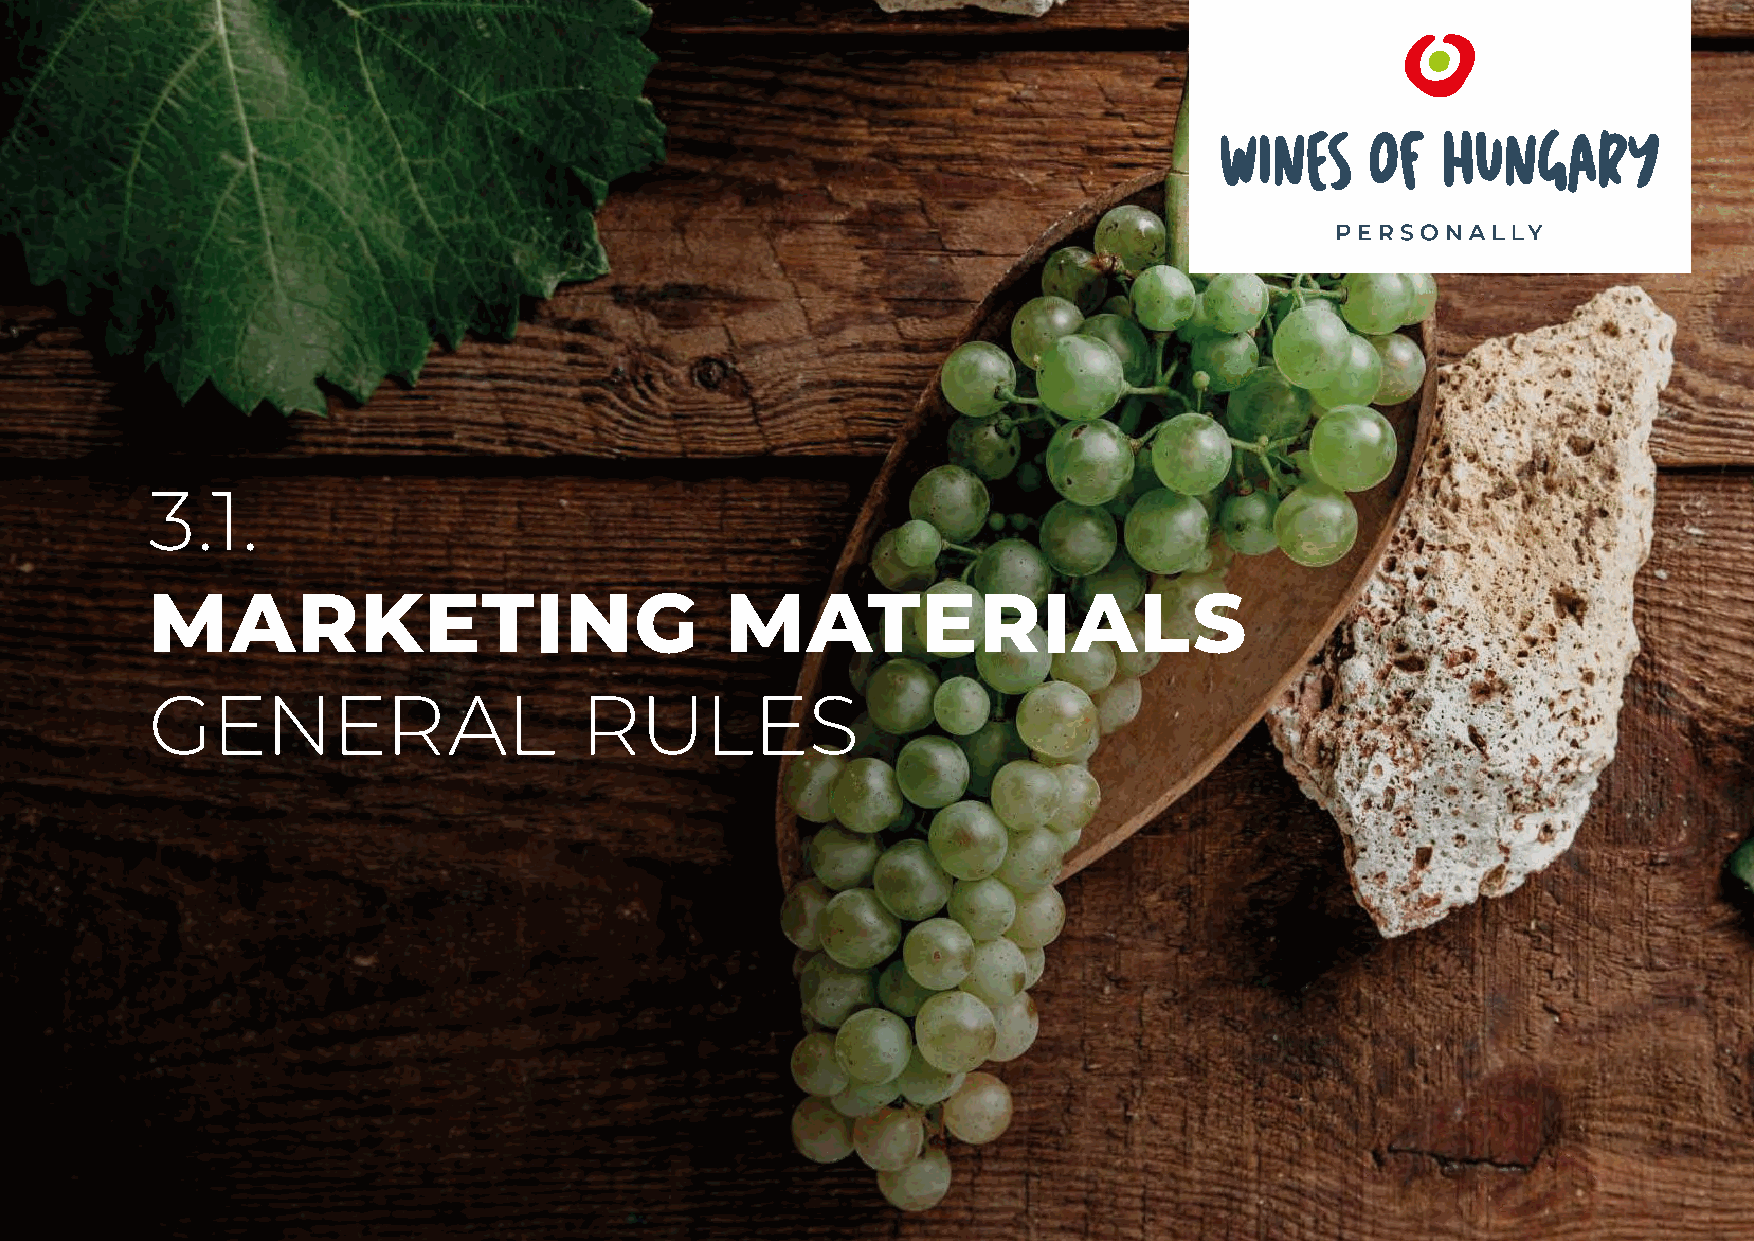
3.1.
 MARKETING                             MATERIALS
 GENERAL                     RULES
 140